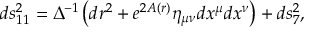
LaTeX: d s _ { 1 1 } ^ { 2 } = \Delta ^ { - 1 } \left( d r ^ { 2 } + e ^ { 2 A ( r ) } \eta _ { \mu \nu } d x ^ { \mu } d x ^ { \nu } \right) + d s _ { 7 } ^ { 2 } ,